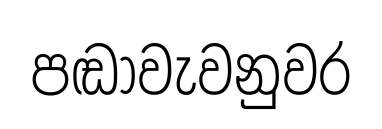
පඬාවැවනුවර